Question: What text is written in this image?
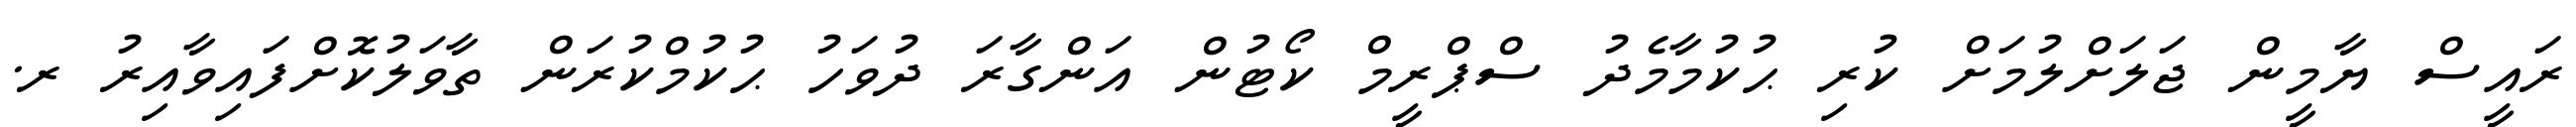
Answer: ރައީސް ޔާމީން ޖަލަށްލުމަށް ކުރި ޙުކުމާމެދު ސްޕްރީމް ކޯޓުން އަންގާރަ ދުވަހު ޙުކުމްކުރަން ތާވަލުކޮށްފައިވާއިރު ރ.